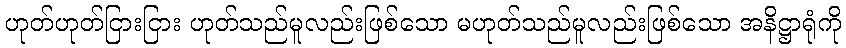
ဟုတ်ဟုတ်ငြားငြား ဟုတ်သည်မူလည်းဖြစ်သော မဟုတ်သည်မူလည်းဖြစ်သော အနိဋ္ဌာရုံကို